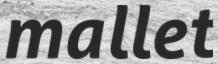
mallet